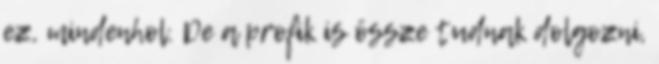
ez, mindenhol. De a profik is össze tudnak dolgozni,